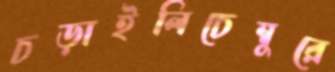
চড়াইলিচেম্বুরে